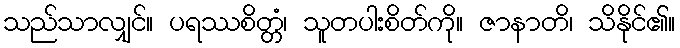
သည်သာလျှင်။ ပရဿစိတ္တံ၊ သူတပါးစိတ်ကို။ ဇာနာတိ၊ သိနိုင်၏။